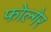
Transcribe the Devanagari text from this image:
फोल्गेर